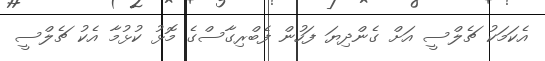
އެކަމަކު ޗެލްސީ އަށް ގެންދިޔަ ފަހުން ފެބްރިގާސްގެ މޮޅު ކުޅުމާ އެކު ޗެލްސީ